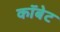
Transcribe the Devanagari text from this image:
कॉबेट